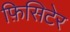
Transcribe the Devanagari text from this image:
फ़िसिटेर